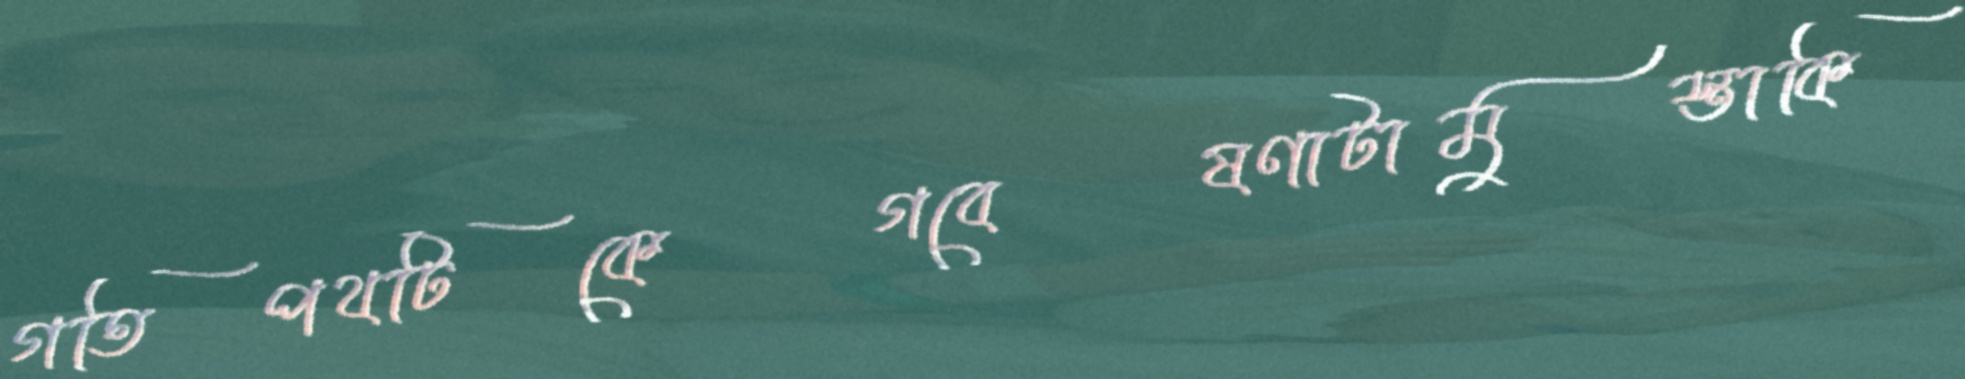
গতিপথটিকেগবেষণাটামুস্তাকি